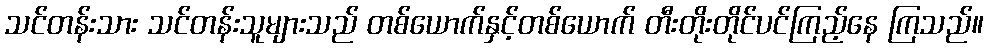
သင်တန်းသား သင်တန်းသူများသည် တစ်ယောက်နှင့်တစ်ယောက် တီးတိုးတိုင်ပင်ကြည့်နေ ကြသည်။